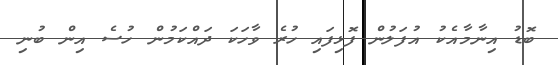
ބޮޑު އިނާމާއެކު އުފަލުން ފޮޅިފައި ހުރެ ވާހަކަ ދައްކަމުން ހުސެ އިން ބުނި